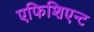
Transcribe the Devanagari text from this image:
एफिशिएन्ट